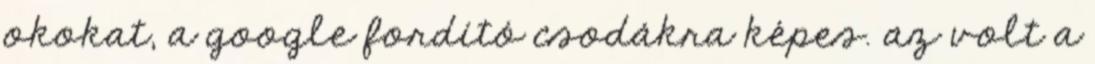
okokat, a google fordító csodákra képes. az volt a